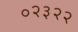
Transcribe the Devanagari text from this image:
०२३२२